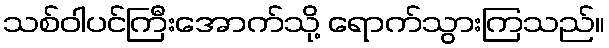
သစ်ဝါပင်ကြီးအောက်သို့ ရောက်သွားကြသည်။